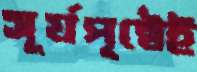
সূর্যপৃষ্ঠেই